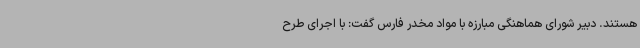
هستند. دبیر شورای هماهنگی مبارزه با مواد مخدر فارس گفت: با اجرای طرح